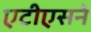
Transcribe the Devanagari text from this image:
एटीएसने